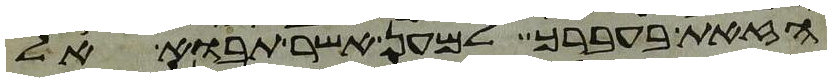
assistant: הזאת בעברך למען אשר תבוא אל